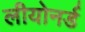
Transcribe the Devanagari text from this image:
लीयोनर्ड